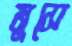
মুসে